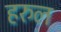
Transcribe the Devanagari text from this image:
हरुल